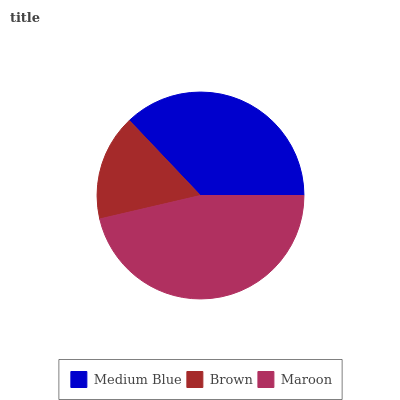
| Medium Blue | Brown | Maroon |
 | --- | --- | --- |
 | 37.1% | 16.6% | 46.3% |